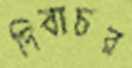
দিবাচর